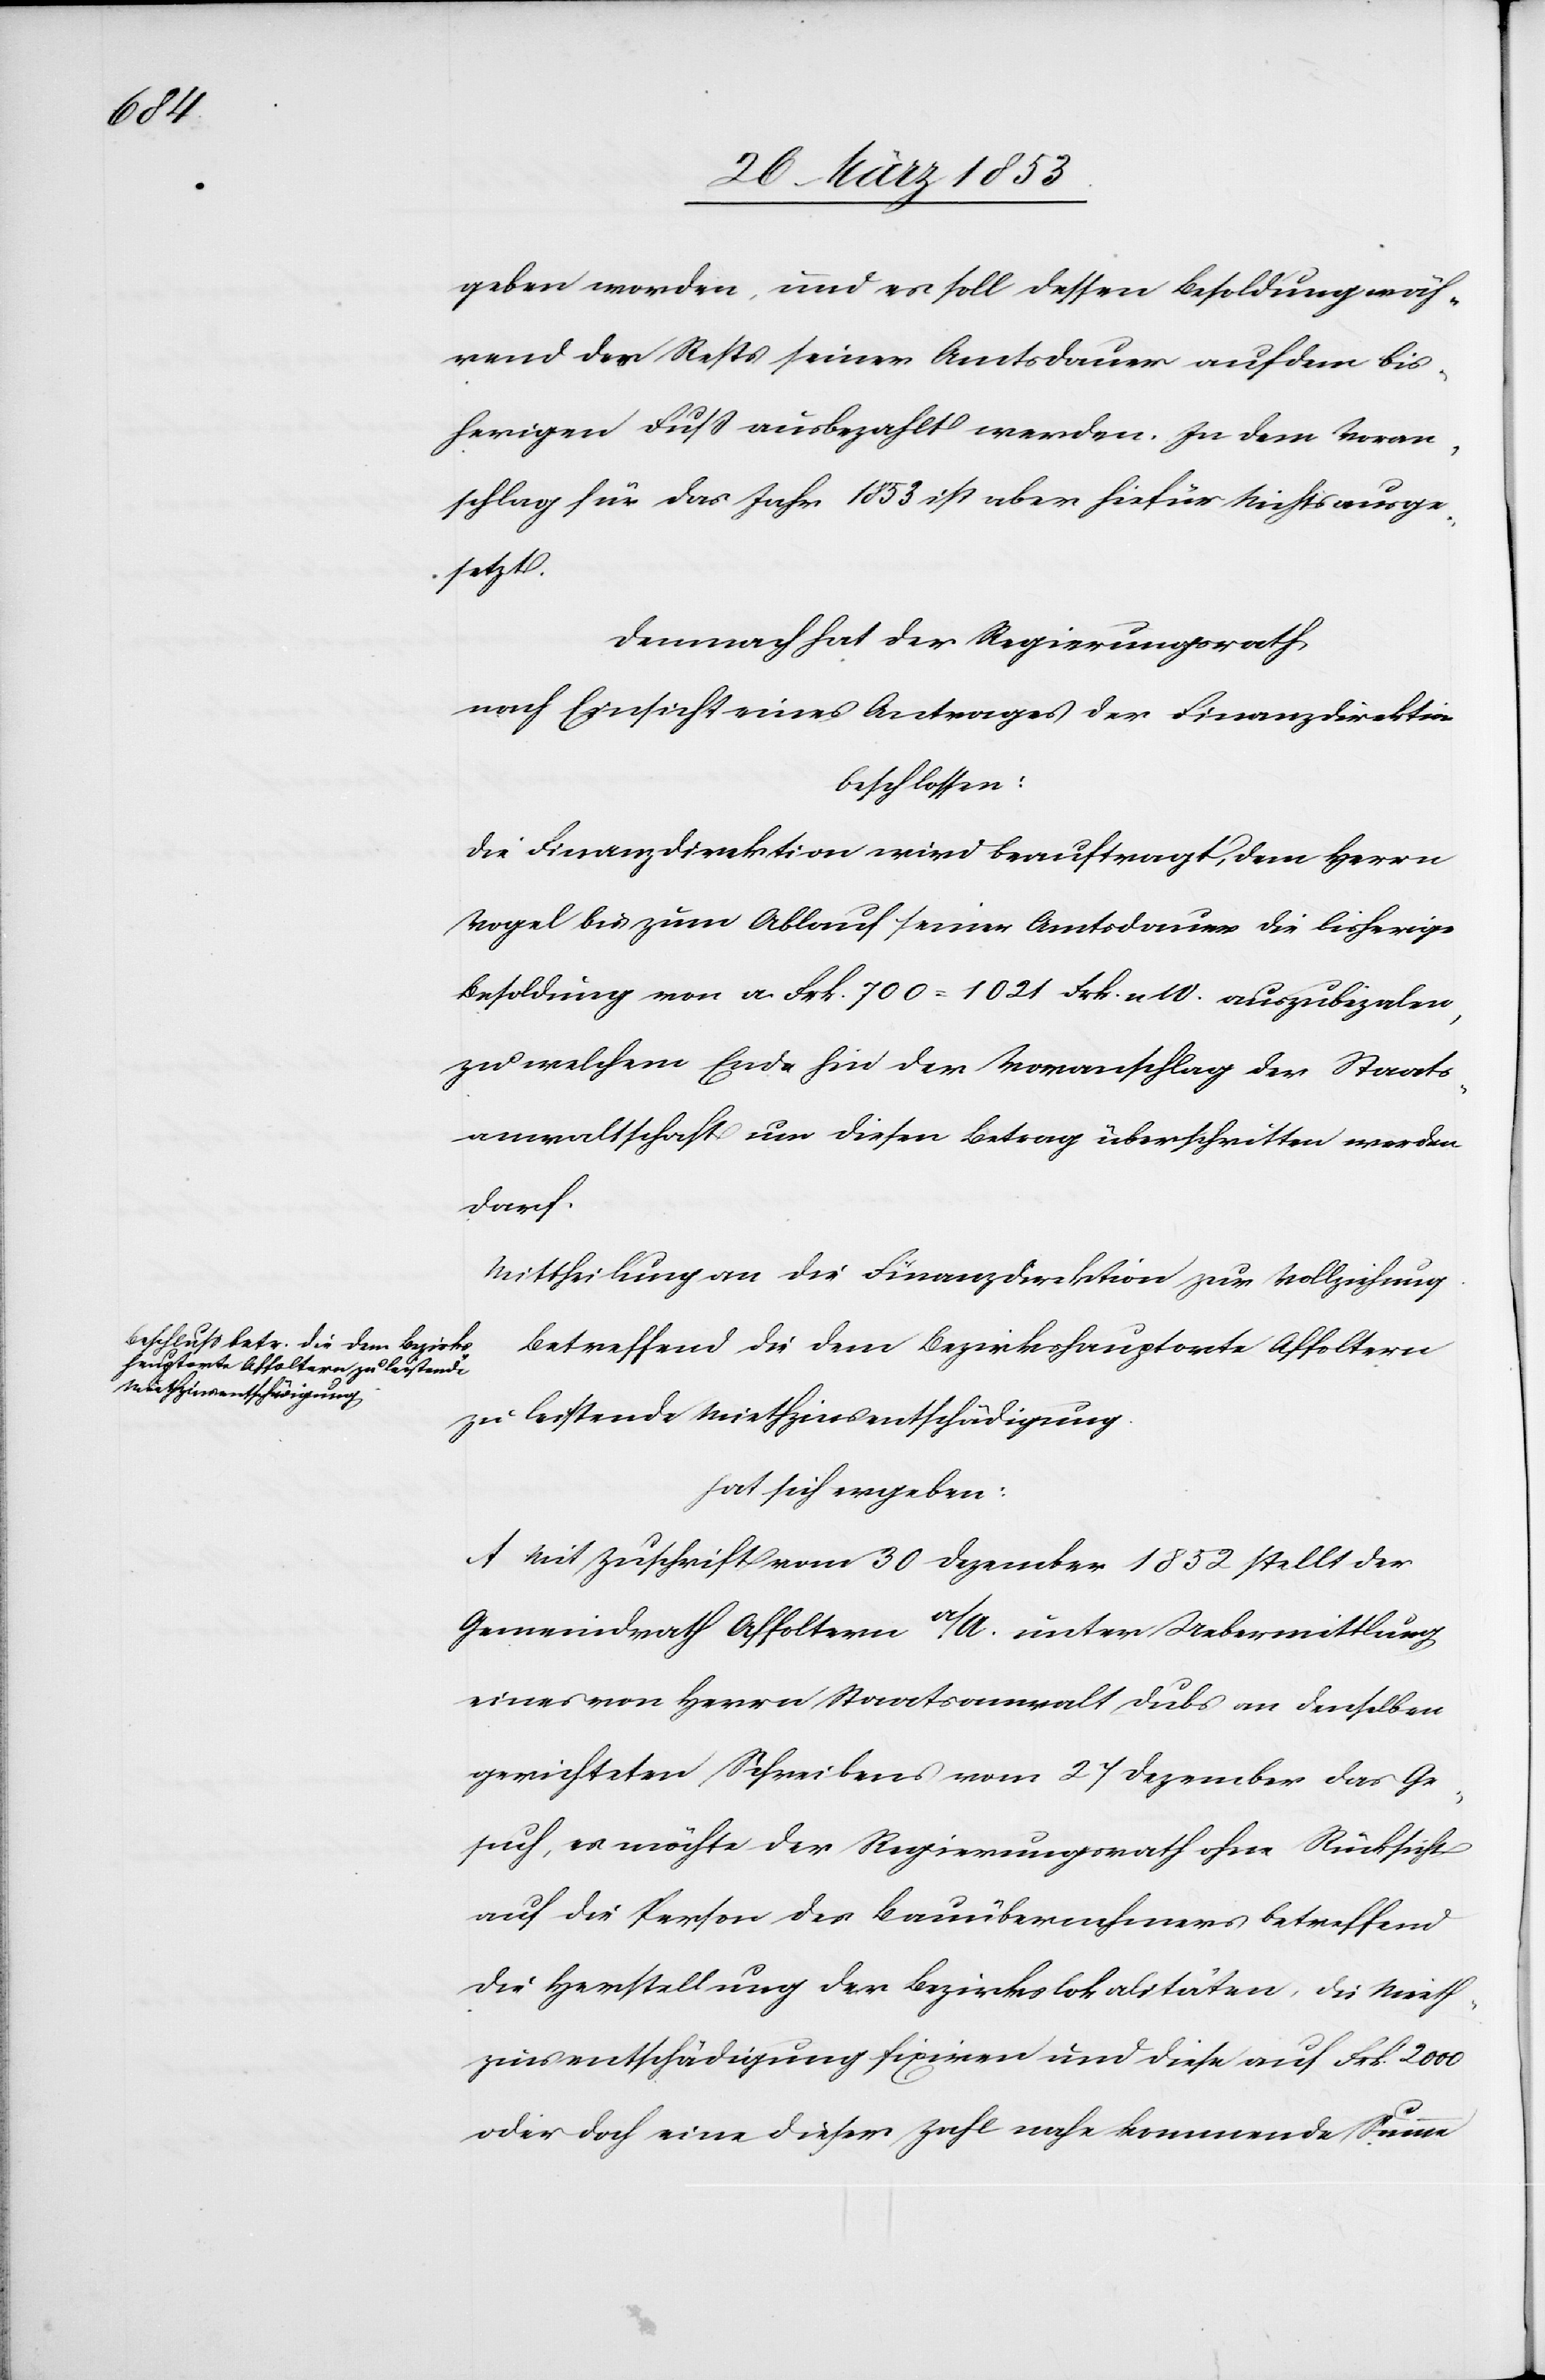
geben worden, und er soll dessen Besoldung wäh¬
rend des Rests seiner Amtsdauer auf dem bis¬
herigen Fuß ausbezahlt werden. In dem Voran¬
schlag für das Jahr 1853 ist aber hiefür Nichts ausge¬
setzt.
Demnach hat der Regierungsrath,
nach Einsicht eines Antrages der Finanzdirektion
beschlossen:
Die Finanzdirektion wird beauftragt, dem Herrn
Vogel bis zum Ablauf seiner Amtsdauer die bisherige
Besoldung von a. Frk. 700=1021 Frk. n W. auszubezahlen,
zu welchem Ende hin der Voranschlag der Staats¬
anwaltschaft um diesen Betrag überschritten werden
darf.
Mittheilung an die Finanzdirektion zu Vollziehung.
Betreffend die dem Bezirkshauptorte Affoltern
zu leistende Miethzinsentschädigung
hat sich ergeben:
A. Mit Zuschrift vom 30 Dezember 1852 stellt der
Gemeindrath Affoltern a/A. unter Uebermittlung
eines vom Herrn Staatsanwalt Dubs an denselben
gerichteten Schreibens vom 27 Dezember das Ge¬
such, es möchte der Regierungsrath ohne Rücksicht
auf die Person des Bauübernehmers betreffend
die Herstellung der Bezirkslokalitäten, die Mieth¬
zinsentschädigung fixiren und diese auf Frk. 2000
oder doch eine dieser Zahl nahe kommende Summe